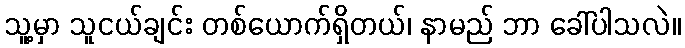
သူ့မှာ သူငယ်ချင်း တစ်ယောက်ရှိတယ်၊ နာမည် ဘာ ခေါ်ပါသလဲ။